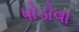
પોડોવા